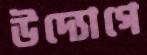
উদ্যোগে